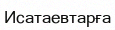
Исатаевтарға